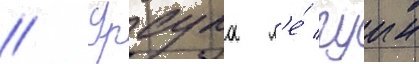
// Урсула л'е́ гуин